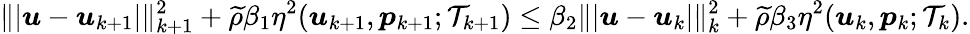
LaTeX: \| \vert\boldsymbol{u}-\boldsymbol{u}_{k+1}\vert\| _{k+1}^{2}+\widetilde{\rho}\beta_{1}\eta^{2}(\boldsymbol{u}_{k+1},\boldsymbol{p}_{k+1};\mathcal{T}_{k+1})\leq\beta_{2}\| \vert\boldsymbol{u}-\boldsymbol{u}_{k}\vert\| _{k}^{2}+\widetilde{\rho}\beta_{3}\eta^{2}(\boldsymbol{u}_{k},\boldsymbol{p}_{k};\mathcal{T}_{k}).